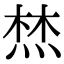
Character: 㷊